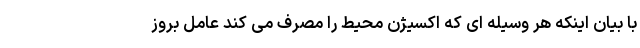
با بیان اینکه هر وسیله ای که اکسیژن محیط را مصرف می کند عامل بروز